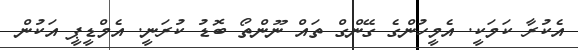
އެކުރާ ކަމަކީ. އެމީހުންގެ ގޭންގް ތައް ނޫންތޯ ބޮޑު ކުރަނީ. އެމްޑީޕީ އަކުން